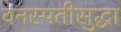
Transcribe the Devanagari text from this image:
वनस्पतीसुद्धा